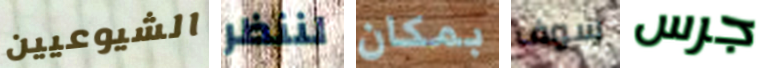
الشيوعيين لننظر بمكان سوف جرس